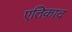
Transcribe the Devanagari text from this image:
एतिक़ाद